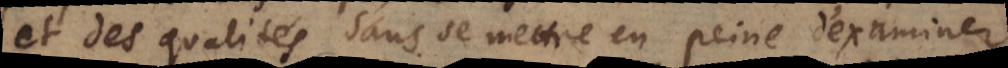
et des qualités sans se mettre en peine d’examiner